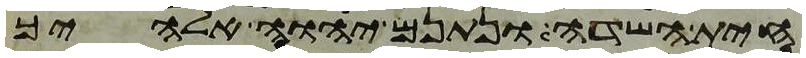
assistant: חית השדה ונתנם יהוה אלהיך